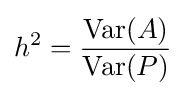
h^{2}={\frac {\mathrm {Var} (A)}{\mathrm {Var} (P)}}